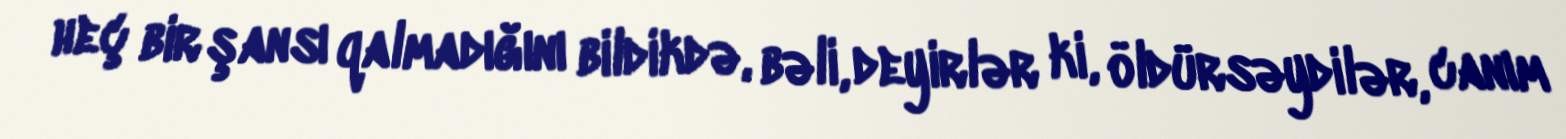
heç bir şansı qalmadığını bildikdə, bəli, deyirlər ki, öldürsəydilər, canım